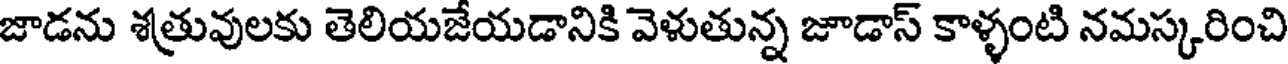
జాడను శత్రువులకు తెలియజేయడానికి వెళుతున్న జూడాస్ కాళ్ళంటి నమస్కరించి